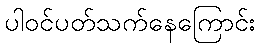
ပါဝင်ပတ်သက်နေကြောင်း